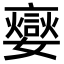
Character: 𡣹